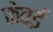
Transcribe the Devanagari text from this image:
केवई